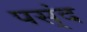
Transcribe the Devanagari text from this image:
पस्ंद